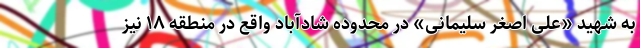
به شهید «علی اصغر سلیمانی» در محدوده شادآباد واقع در منطقه ۱۸ نیز